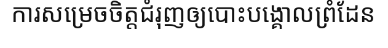
ការសម្រេចចិត្តជំរុញឲ្យបោះបង្គោលព្រំដែន